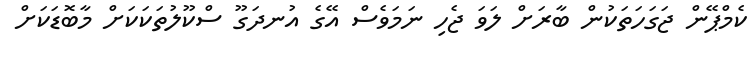
ކެމްޕޭން ޖަގަހަތަކުން ބާރަށް ލަވަ ޖެހި ނަމަވެސް އޭގެ އުނދަގޫ ސްކޫލުތަކަކަށް މާބޮޑަކަށް